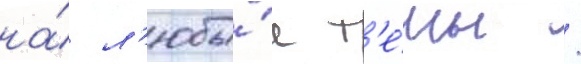
на́ л'юбы́е т'е́мы /